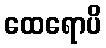
ထေရောပိ